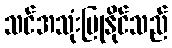
သင်အသုံးပြုနိုင်သည်